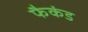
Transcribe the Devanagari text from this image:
फैकंड